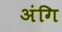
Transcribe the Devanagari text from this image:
अंगि